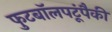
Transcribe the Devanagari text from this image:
फुटबॉलपटूंपैकी